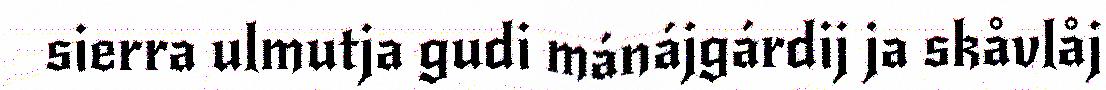
sierra ulmutja gudi mánájgárdij ja skåvlåj